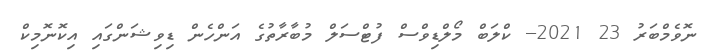
ނޮވެމްބަރު 23 2021-- ކްލަބް މޯލްޑިވްސް ފުޓްސަލް މުބާރާތުގެ އަންހެން ޑިވިޝަންގައި އިކޮނޮމިކް